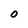
Character: o